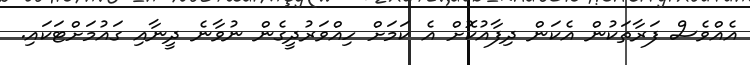
އެއްވެސް ފަރާތަކުން އެކަން ދިފާއުކޮށް އެ ކަމަށް ހިއްވަރުދީގެން ނުވާނެ ދީނާއި ގައުމަށްޓަކައި.